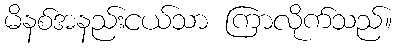
မိနစ်အနည်းငယ်သာ ကြာလိုက်သည်။